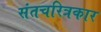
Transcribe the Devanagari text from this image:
संतचरित्रकार